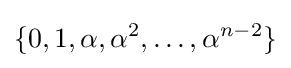
\{0,1,\alpha ,\alpha ^{2},\dots ,\alpha ^{n-2}\}